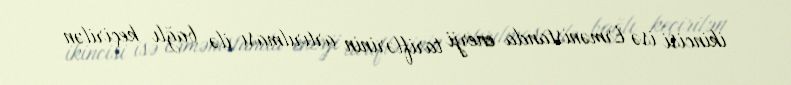
ikincisi isə Ermənistanda enerji tariflərinin artırılması ilə bağlı keçirilən